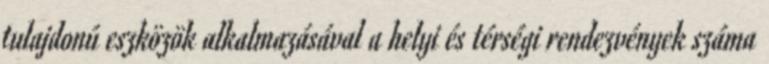
tulajdonú eszközök alkalmazásával a helyi és térségi rendezvények száma